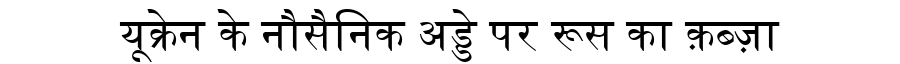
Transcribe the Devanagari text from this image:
यूक्रेन के नौसैनिक अड्डे पर रूस का क़ब्ज़ा